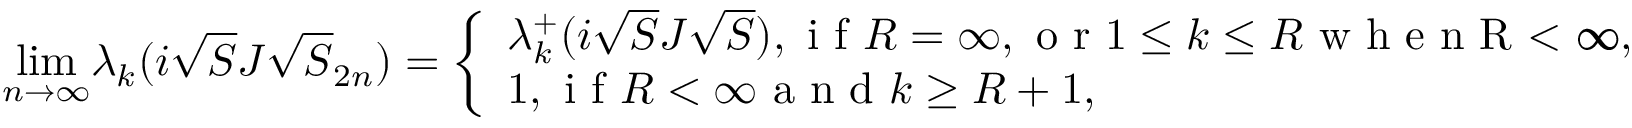
\underset { n \rightarrow \infty } { \operatorname* { l i m } } \lambda _ { k } ( i \sqrt { S } J \sqrt { S } _ { 2 n } ) = \left\{ \begin{array} { l l } { { \lambda _ { k } ^ { + } } ( i \sqrt { S } J \sqrt { S } ) , \textrm { i f } R = \infty , \textrm { o r } 1 \leq k \leq R \textrm { w h e n R < \infty } , } \\ { 1 , \textrm { i f } R < \infty \textrm { a n d } k \geq R + 1 , } \end{array} \right.